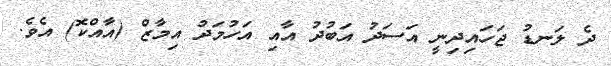
ދެ ލަނޑު ޖަހައިދިނީ އަސަދު އަބުދު އާއި އަހުމަދު އިމާޒް (އާއްކޮ) އެވެ.